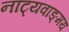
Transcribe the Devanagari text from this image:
नाट्यवाङ्‌मय